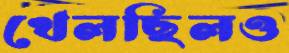
খেলছিলও